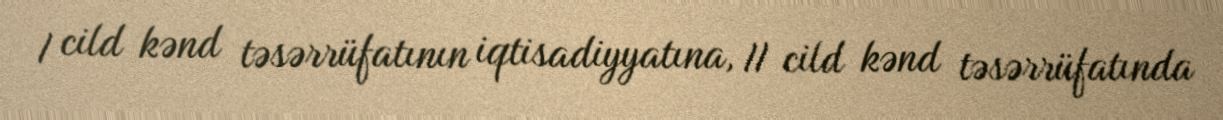
I cild kənd təsərrüfatının iqtisadiyyatına, II cild kənd təsərrüfatında